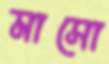
মাসো